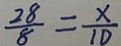
\frac { 2 8 } { 8 } = \frac { x } { 1 0 }